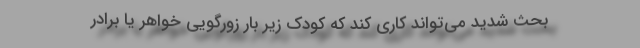
بحث شدید می‌‌تواند کاری کند که کودک زیر بار زورگویی خواهر یا برادر